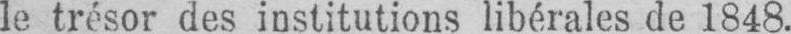
le trésor des institutions libérales de 1848.